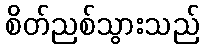
စိတ်ညစ်သွားသည်